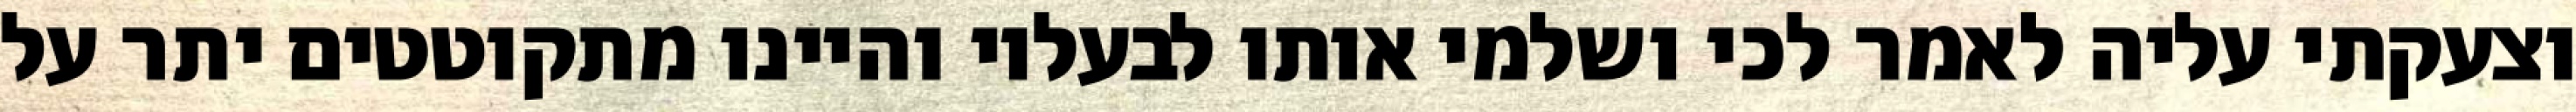
וצעקתי עליה לאמר לכי ושלמי אותו לבעליו והיינו מתקוטטים יתר על